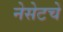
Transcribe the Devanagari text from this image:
नेसेटचे